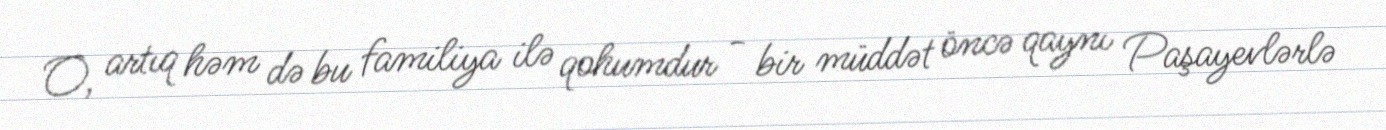
O, artıq həm də bu familiya ilə qohumdur - bir müddət öncə qaynı Paşayevlərlə